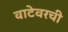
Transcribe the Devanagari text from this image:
वाटेवरची